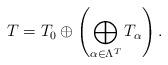
LaTeX: \begin{align*} T = T_{0}\oplus \left (\bigoplus _{\alpha \in \Lambda^T}T_{\alpha} \right).\end{align*}